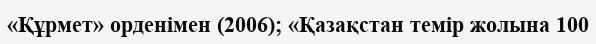
«Құрмет» орденімен (2006); «Қазақстан темір жолына 100